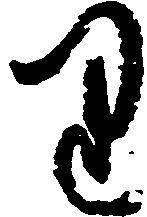
り